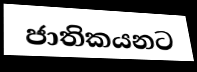
ජාතිකයනට